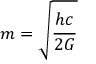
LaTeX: m = { \sqrt { \frac { h c } { 2 G } } }